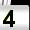
Digit: 4